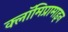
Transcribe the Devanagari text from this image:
क्लॉमिप्रामाइन